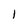
Character: l